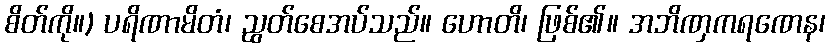
စိတ်ကို။) ပရိဏာမိတံ၊ ညွတ်စေအပ်သည်။ ဟောတိ၊ ဖြစ်၏။ အဘိဏှကရဏေန၊